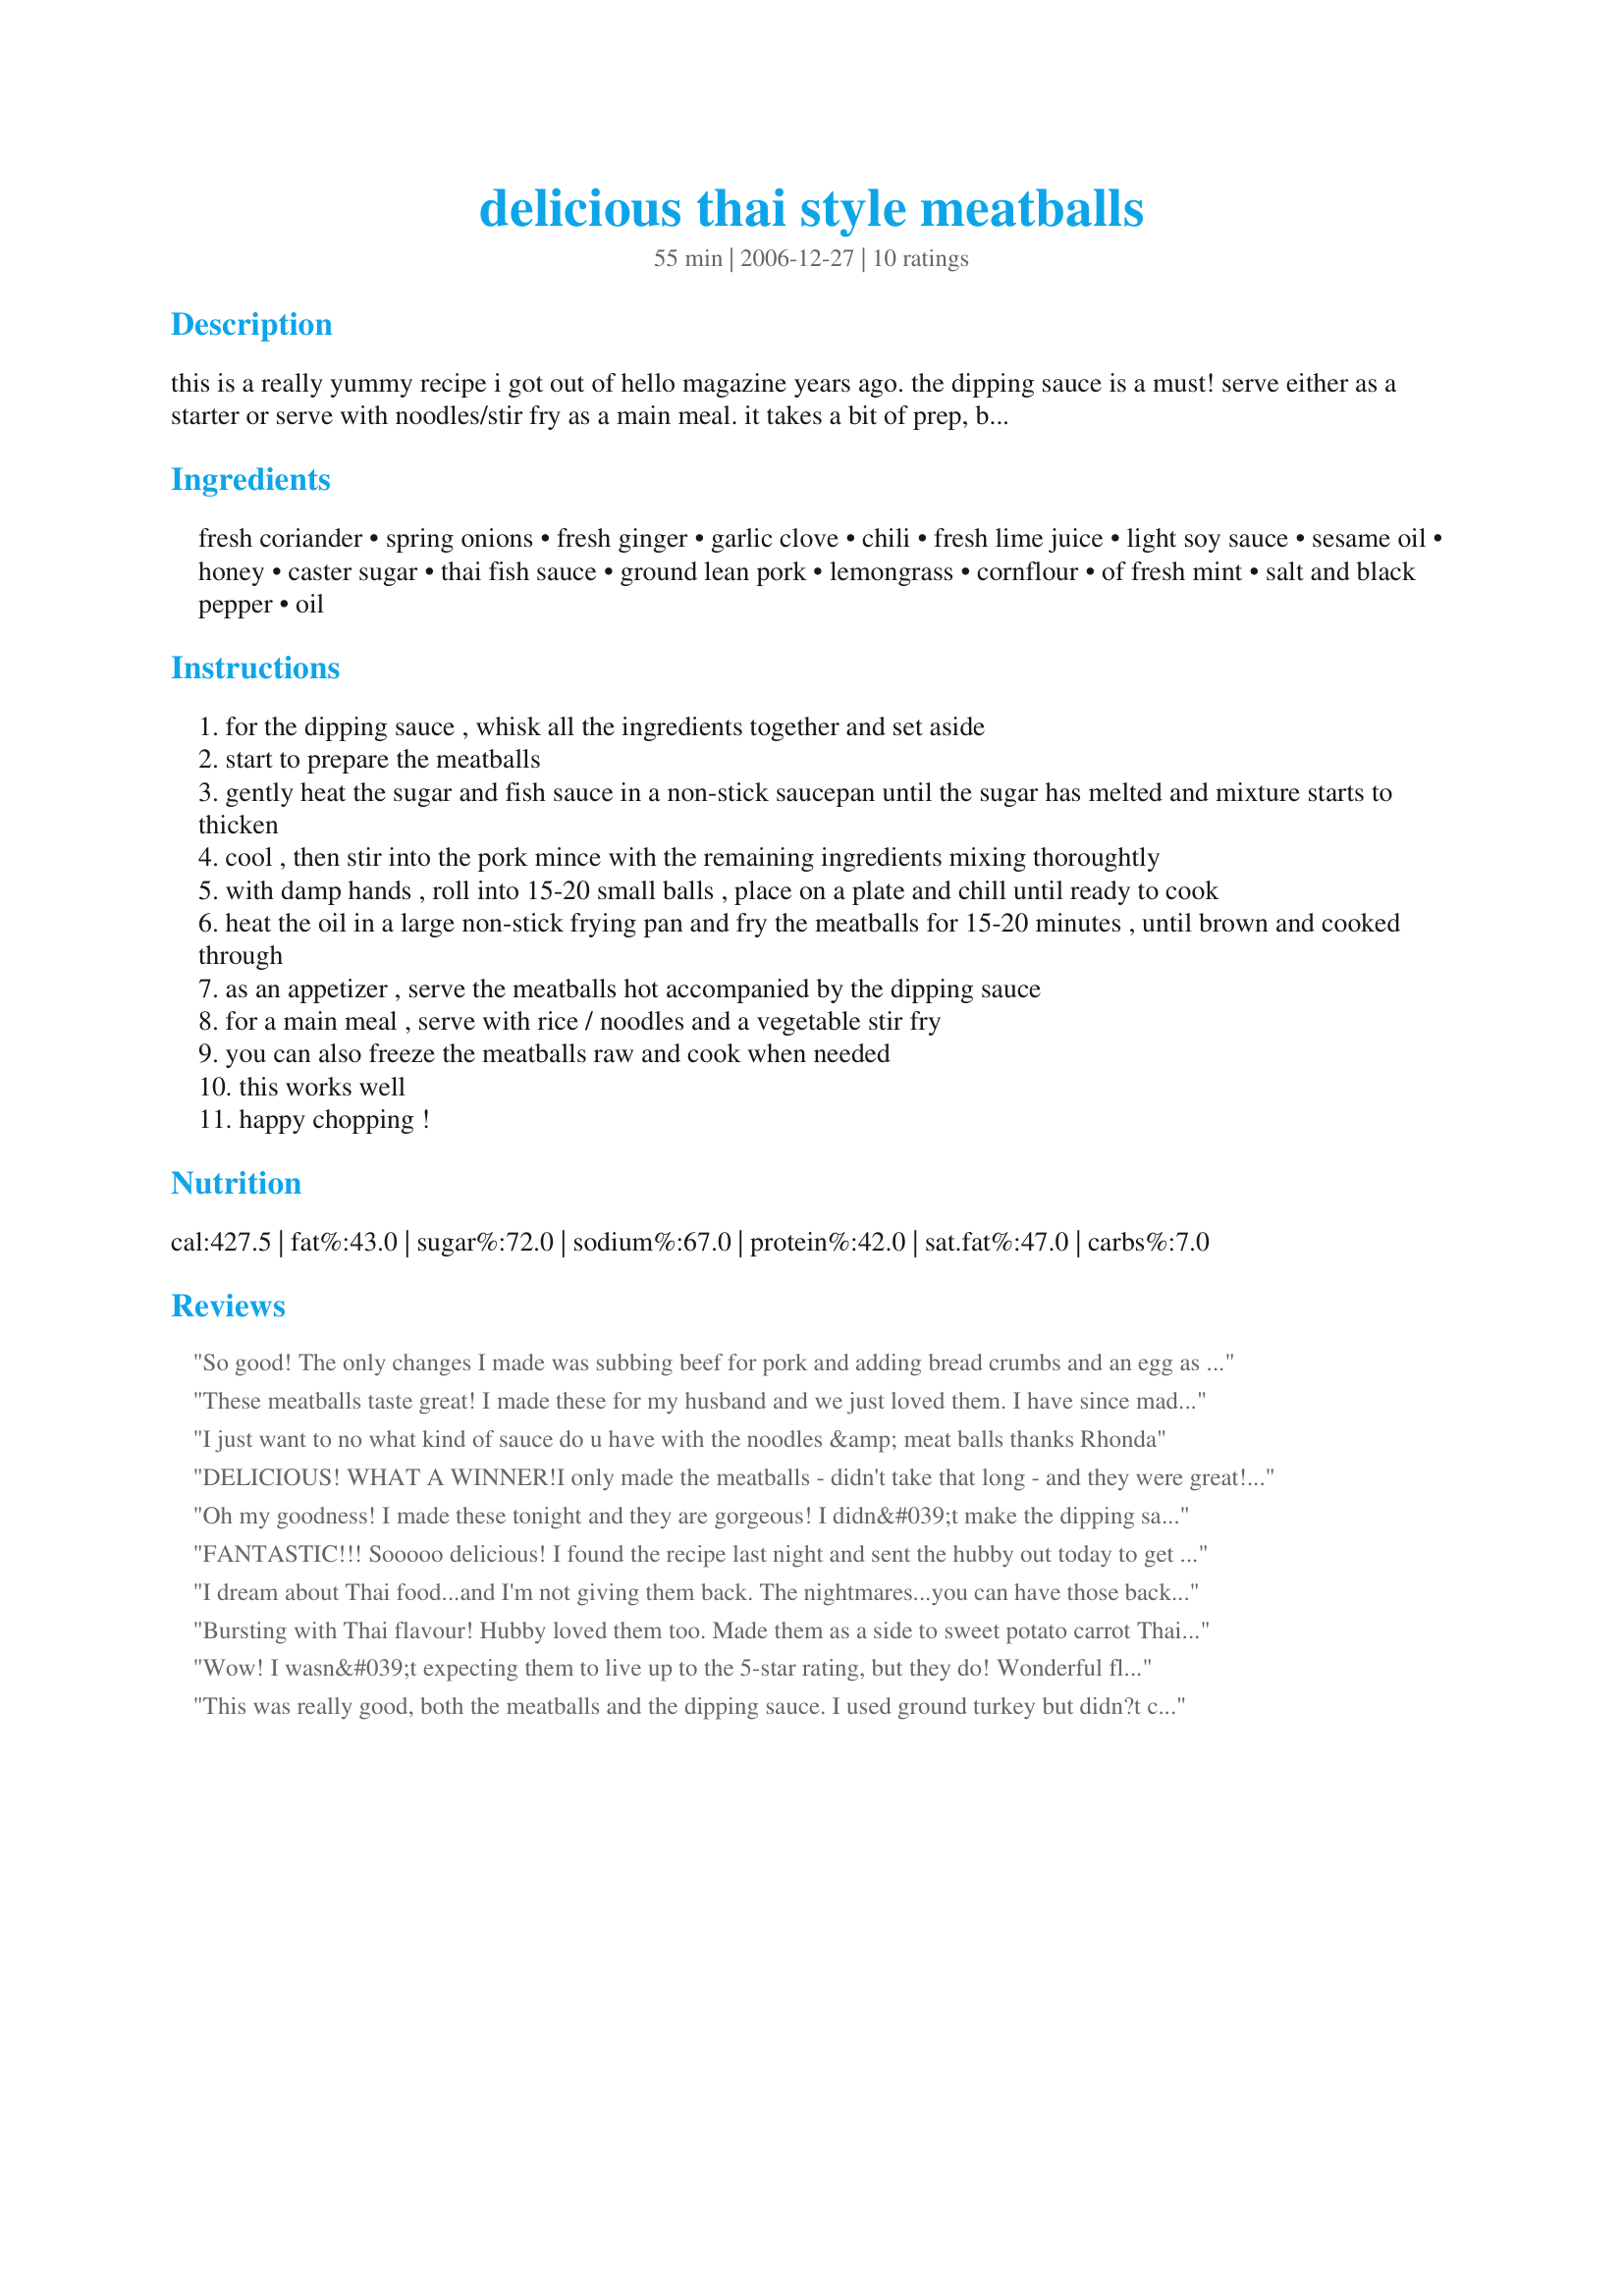
delicious thai style meatballs
Preparation time: 55 minutes

this is a really yummy recipe i got out of hello magazine years ago. the dipping sauce is a must! serve either as a starter or serve with noodles/stir fry as a main meal. it takes a bit of prep, but is worth it!

Ingredients:
fresh coriander, spring onions, fresh ginger, garlic clove, chili, fresh lime juice, light soy sauce, sesame oil, honey, caster sugar, thai fish sauce, ground lean pork, lemongrass, cornflour, of fresh mint, salt and black pepper, oil

Steps:
for the dipping sauce , whisk all the ingredients together and set aside
start to prepare the meatballs
gently heat the sugar and fish sauce in a non-stick saucepan until the sugar has melted and mixture starts to thicken
cool , then stir into the pork mince with the remaining ingredients mixing thoroughtly
with damp hands , roll into 15-20 small balls , place on a plate and chill until ready to cook
heat the oil in a large non-stick frying pan and fry the meatballs for 15-20 minutes , until brown and cooked through
as an appetizer , serve the meatballs hot accompanied by the dipping sauce
for a main meal , serve with rice / noodles and a vegetable stir fry
you can also freeze the meatballs raw and cook when needed
this works well
happy chopping !

Reviews:
So good! The only changes I made was subbing beef for pork and adding bread crumbs and an egg as i always do for meatballs. The fish sauce/sugar mix made the meatballs a little sweet for my taste, so I will probably half it next time. I was nervous about the dipping sauce as it was so strongly favored but it really paired well with the meatballs. I served the's with coconut rice and stir fried veggies using the dipping sauce as the stir fry sauce. I usually have a hard time with asian inspired dishes but i will definitely make again!
These meatballs taste great! I made these for my husband and we just loved them. I have since made the dish for 3 of my girlfriends who thought I had ordered in. The preparation time is long. Took me almost an hour to do the prep first time. I didn't include the chili in the dipping sauce but I did add extra lime juice as I am a big fan. The dipping sauce gives this dish a real wow. I served it with a fresh stir fry and shrimp rolls from the supermarket.
I just want to no what kind of sauce do u have with the noodles &amp; meat balls
thanks Rhonda
DELICIOUS! WHAT A WINNER!<br/>I only made the meatballs - didn't take that long - and they were great! I used beef since I didn't have pork on hand, and used shredded lime rind since I had no lemon grass. If you can't find fish sauce, soy sauce will do fine too. I had green onions I cut fine also. So incredibly good! Any type of ground meat will do - I even think all the meatball ingredients put together will make a great marinade over large shrimp or chicken breasts.<br/>I served the meatballs with coconut rice (use coconut milk instead of water) and some veggies and salad.<br/>Never even made the dressing, but they were so tasty I never missed it.
Oh my goodness! I made these tonight and they are gorgeous! I didn&#039;t make the dipping sauce this time as I served them with homemade pork fried rice. Next time I make these I will make them with the dipping sauce. I love these tasty balls and I never would have though to make them myself!
FANTASTIC!!! Sooooo delicious! I found the recipe last night and sent the hubby out today to get what I was missing. The prep time was long-ish (pretty accurate though) but so worth every minute. I didn&#039;t change a thing except cook them in the oven for 20 minutes at 425 instead of fry them. I have 2 toddlers so frying wasn&#039;t realistic for me but I&#039;m positive it didn&#039;t change a thing. Also made the dipping sauce which was yummy but if I don&#039;t have time to make it every time, I will still make the meatballs on their own. Next time, and there will definitely be a next time, I&#039;ll triple the batch cos there are none left! Thanks for the fab recipe.
I dream about Thai food...and I'm not giving them back. The nightmares...you can have those back at anytime.
Bursting with Thai flavour! Hubby loved them too. Made them as a side to sweet potato carrot Thai soup. Combo was perfect for this fall evening. Followed recipe but broiled them instead of frying, turned once and they were perfect.
Wow! I wasn&#039;t expecting them to live up to the 5-star rating, but they do! Wonderful flavors. While the recipe doesn&#039;t make a large quantity of sauce, all the flavors are potent, so a little bit is just right.&lt;br/&gt;&lt;br/&gt;I served these at an office potluck, where they were a hit. I only made a couple small tweaks, based on some food science from America&#039;s Test Kitchen: I added milk, breadcrumbs (panko) and a little gelatin to help keep the meat moist and tender. (I now do this for all meatballs.) I also added one egg in a double recipe. Then, I baked them on a wire rack in a 450 degree rather than frying. Again, this is my &quot;standard&quot; for meatballs.&lt;br/&gt;&lt;br/&gt;Since I was serving from a crockpot, I used half of the sauce as a glaze, and reserved the other half for dipping.
This was really good, both the meatballs and the dipping sauce. I used ground turkey but didn?t change anything else.
